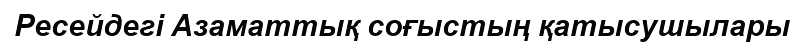
Ресейдегі Азаматтық соғыстың қатысушылары